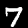
Digit: 7